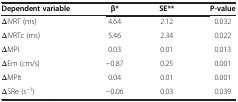
<table><thead><tr><td><b>Dependent variable</b></td><td><b>β*</b></td><td><b>SE**</b></td><td><b>P-value</b></td></tr></thead><tbody><tr><td>ΔIVRT (ms)</td><td>4.64</td><td>2.12</td><td>0.032</td></tr><tr><td>ΔIVRTc (ms)</td><td>5.46</td><td>2.34</td><td>0.022</td></tr><tr><td>ΔMPI</td><td>0.03</td><td>0.01</td><td>0.013</td></tr><tr><td>ΔEm (cm/s)</td><td>-0.87</td><td>0.25</td><td>0.001</td></tr><tr><td>ΔMPIt</td><td>0.04</td><td>0.01</td><td>0.001</td></tr><tr><td>ΔSRe (s<sup>-1</sup>)</td><td>-0.06</td><td>0.03</td><td>0.039</td></tr></tbody></table>